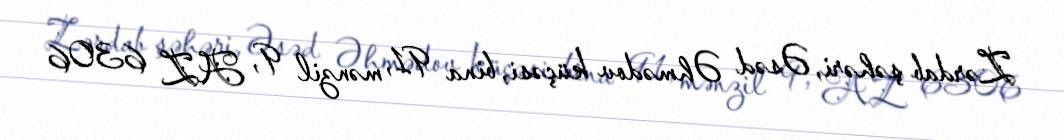
Zərdab şəhəri, Əsəd Əhmədov küçəsi, bina 91, mənzil 9, AZ 6306